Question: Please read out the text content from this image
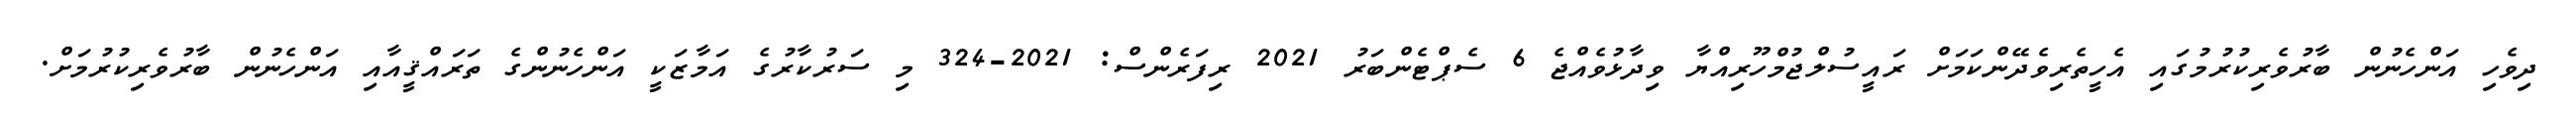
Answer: ދިވެހި އަންހެނުން ބާރުވެރިކުރުމުގައި އެހީތެރިވެދޭންކަމަށް ރައީސުލްޖުމްހޫރިއްޔާ ވިދާޅުވެއްޖެ 6 ސެޕްޓެންބަރު 2021 ރިފަރެންސް: 2021-324 މި ސަރުކާރުގެ އަމާޒަކީ އަންހެނުންގެ ތަރައްޤީއާއި އަންހެނުން ބާރުވެރިކުރުމަށް.